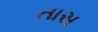
તાસ